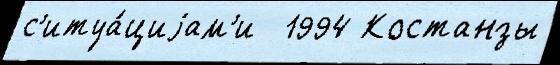
с'итуа́циjам'и  1994 Костанзы